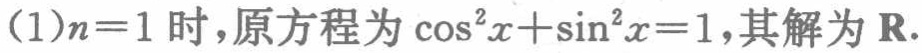
(1)$n = 1$时，原方程为\(\cos^{2}x+\sin^{2}x = 1\)，其解为\(\mathbf{R}\).